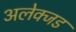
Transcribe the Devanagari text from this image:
अलेक्जड